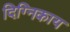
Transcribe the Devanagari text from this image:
दिग्निकाय